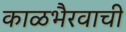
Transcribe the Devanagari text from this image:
काळभैरवाची